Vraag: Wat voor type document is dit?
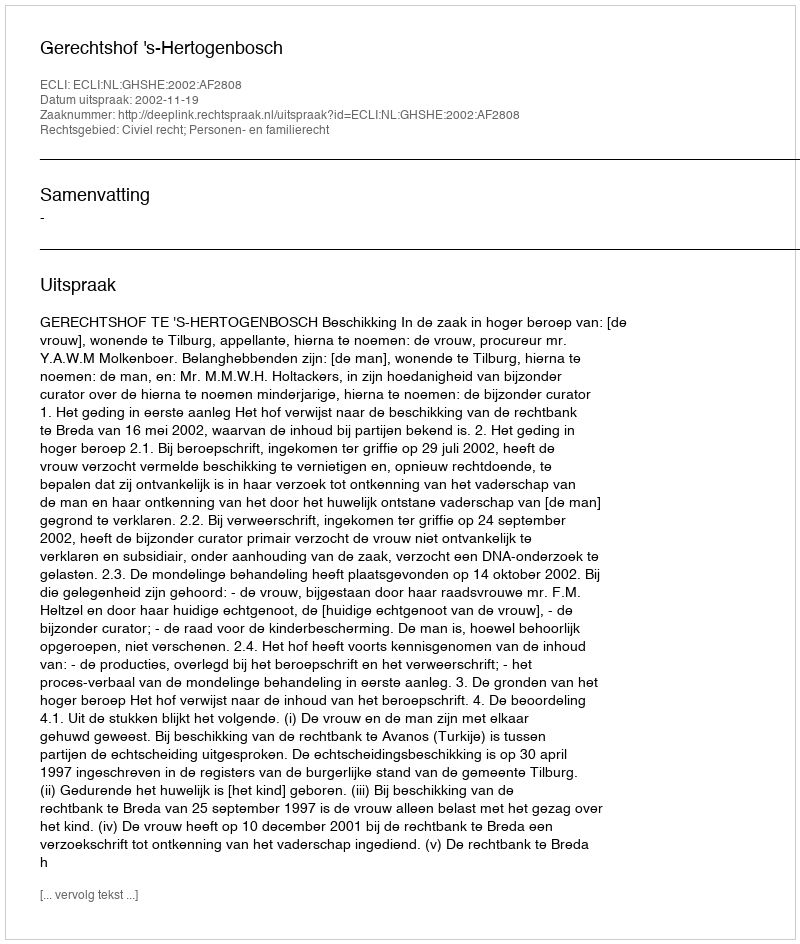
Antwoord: Uitspraak